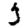
Digit: 3